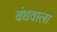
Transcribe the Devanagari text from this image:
बंधवाला